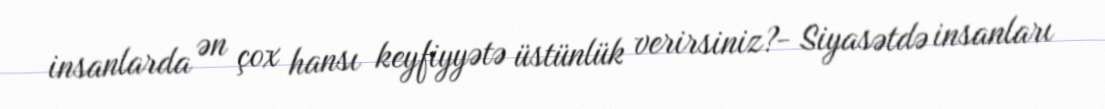
insanlarda ən çox hansı keyfiyyətə üstünlük verirsiniz?- Siyasətdə insanları